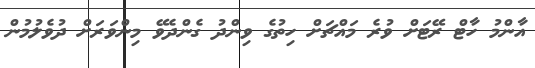
އާންމު ހާޓް ރޭޓަށް ވުރެ މައްޗަށް ހިތުގެ ވިންދު ގެންދެވޭ މިންވަރަށް ދުވެލުމުން